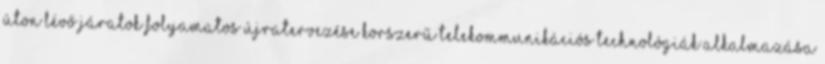
úton lévő járatok folyamatos újratervezése korszerű telekommunikációs technológiák alkalmazása